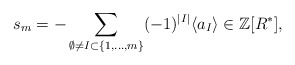
\begin{align*}s_{m} = -\sum_{\emptyset \neq I \subset \{1,\dots,m\}}(-1)^{|I|}\langle a_{I} \rangle \in \mathbb{Z}[R^{*}],\end{align*}